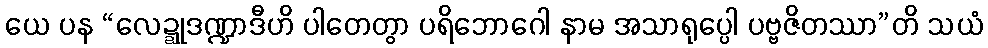
ယေ ပန “လေဍ္ဍုဒဏ္ဍာဒီဟိ ပါတေတွာ ပရိဘောဂေါ နာမ အသာရုပ္ပေါ ပဗ္ဗဇိတဿာ”တိ သယံ